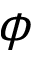
\phi